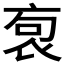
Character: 𧙎